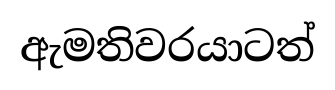
ඇමතිවරයාටත්